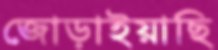
জোড়াইয়াছি